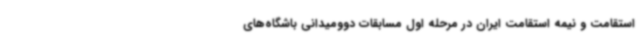
استقامت و نیمه استقامت ایران در مرحله اول مسابقات دوومیدانی باشگاه‌های